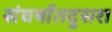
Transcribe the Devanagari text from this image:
संघर्षातदुसरा